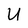
Character: U